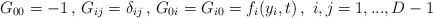
LaTeX: \begin{align*}G_{00}=-1 \,,\, G_{ij}=\delta_{ij} \,,\,G_{0i}=G_{i0}=f_i(y_i,t)\, ,\,\,i,j=1,...,D-1\end{align*}